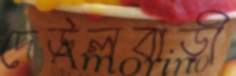
দেউলবাড়ী